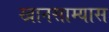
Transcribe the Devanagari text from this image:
खानसाम्यास